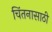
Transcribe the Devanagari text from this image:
चिंतनासाठी